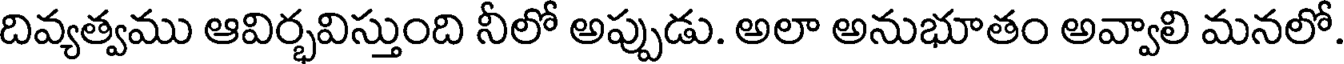
దివ్యత్వము ఆవిర్భవిస్తుంది నీలో అప్పుడు. అలా అనుభూతం అవ్వాలి మనలో.